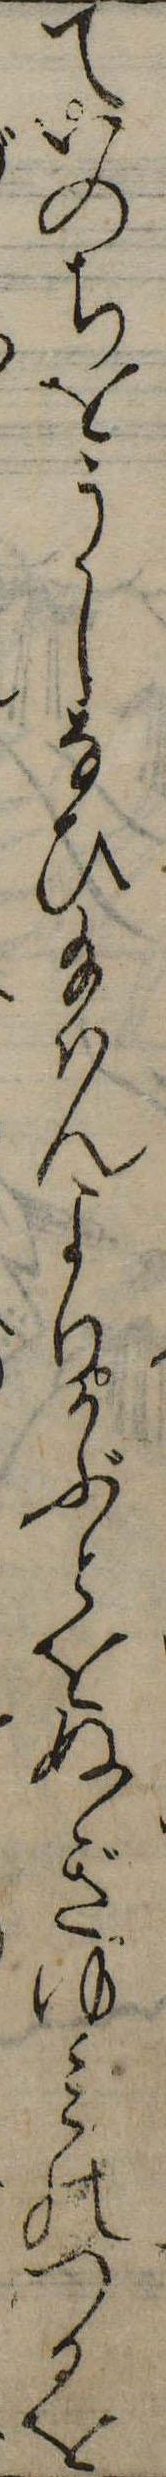
ていのちをうしなひ給はんよりかぶとをぬぎゆみのつるを